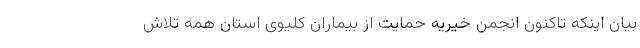
بیان اینکه تاکنون انجمن خیریه حمایت از بیماران کلیوی استان همه تلاش